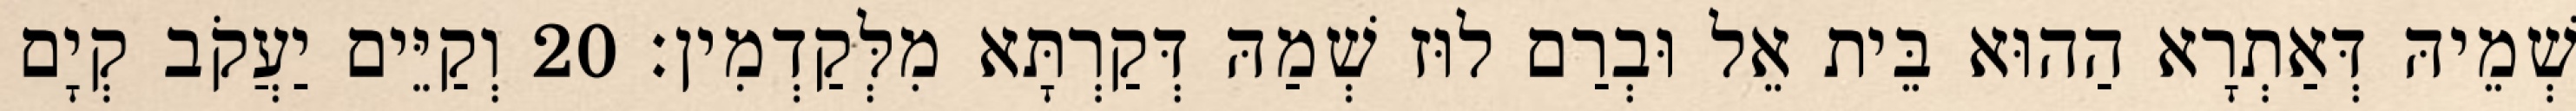
שְׁמֵיהּ דְּאַתְרָא הַהוּא בֵּית אֵל וּבְרַם לוּז שְׁמַהּ דְּקַרְתָּא מִלְּקַדְמִין׃ 20 וְקַיֵּים יַעֲקֹב קְיָם